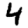
Digit: 4